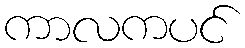
ကာလကပင်